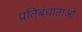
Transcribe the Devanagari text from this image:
प्रतिबंधाताओ